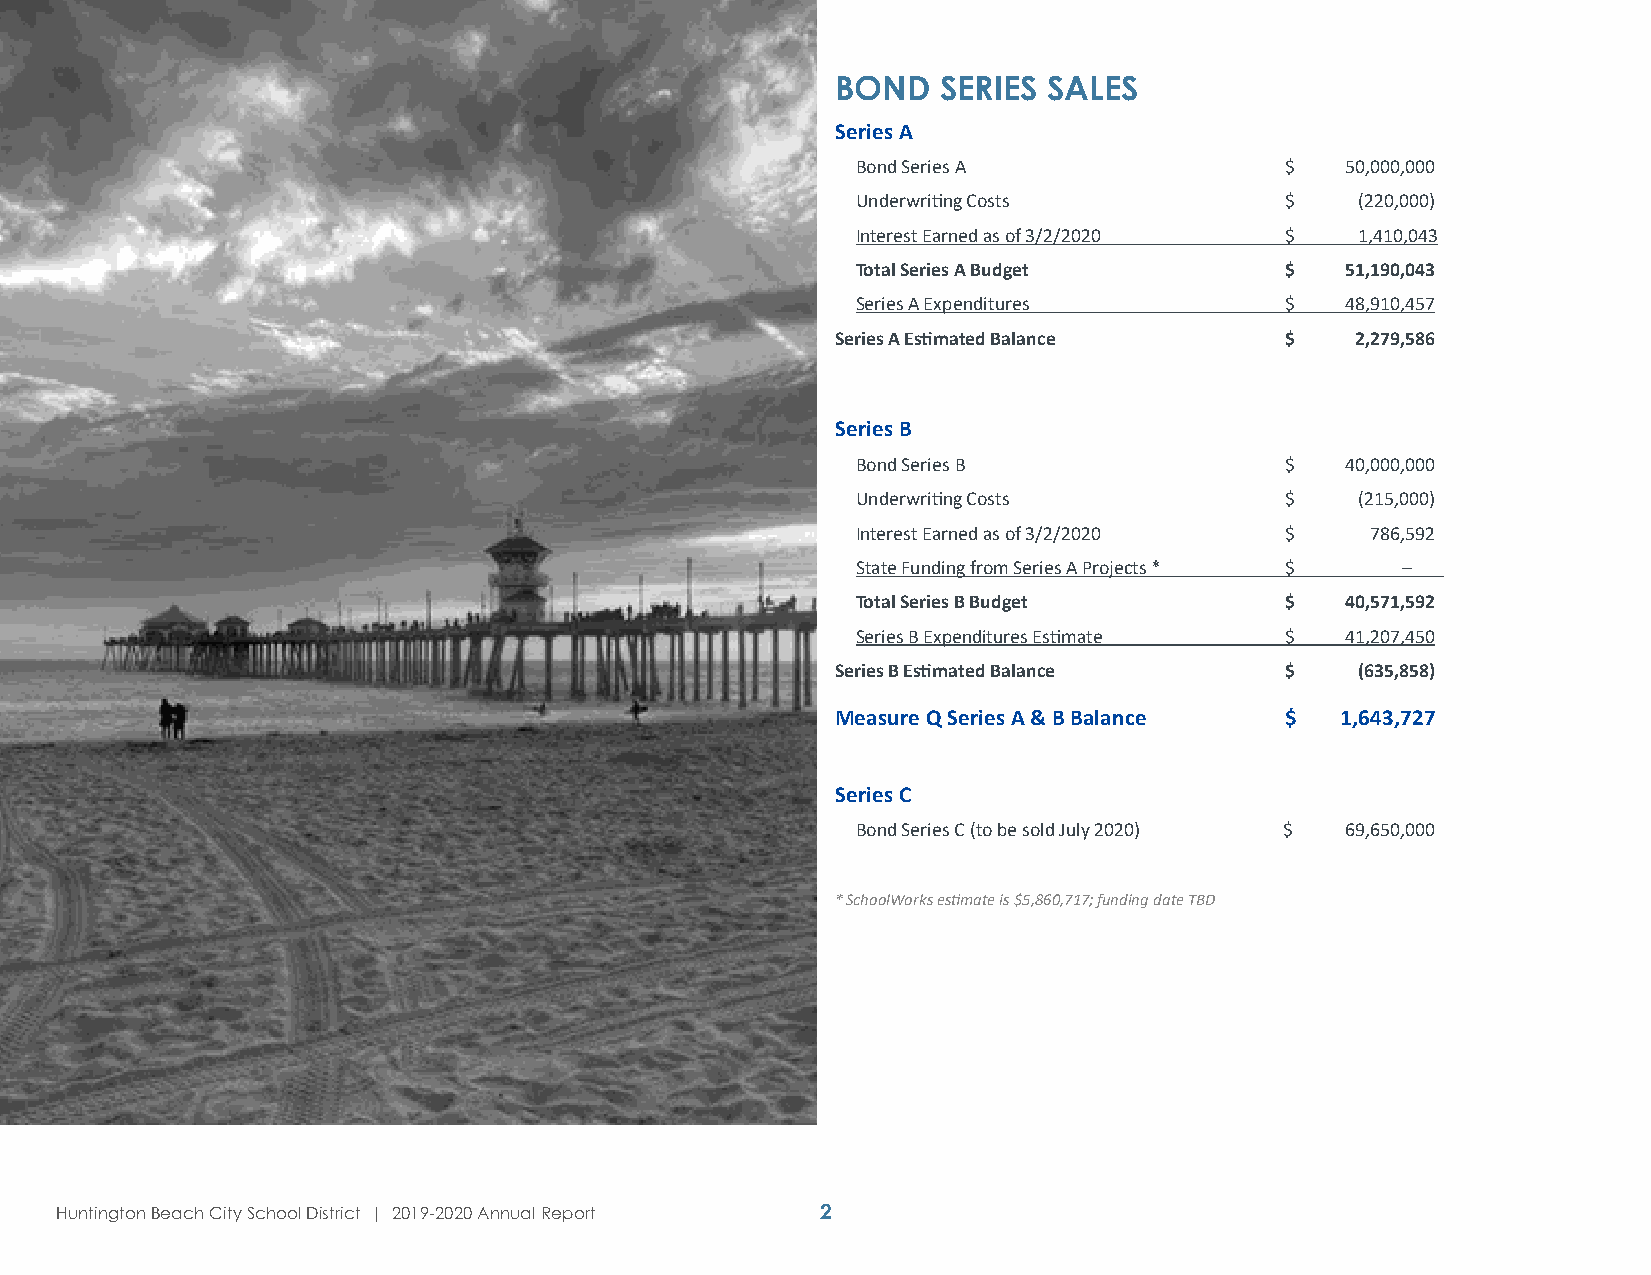
BOND   SERIES SALES
 Series A
 Bond Series A               $   50,000,000
 Underwriting Costs          $    (220,000)
 Interest Earned as of 3/2/2020 $ 1,410,043
 Total Series A Budget       $   51,190,043
 Series A Expenditures       $   48,910,457
 Series A Estimated Balance    $    2,279,586
 Series B
 Bond Series B               $   40,000,000
 Underwriting Costs          $    (215,000)
 Interest Earned as of 3/2/2020 $  786,592
 State Funding from Series A Projects * $ –
 Total Series B Budget       $   40,571,592
 Series B Expenditures Estimate $ 41,207,450
 Series B Estimated Balance    $    (635,858)
 Measure Q Series A & B Balance $  1,643,727
 Series C
 Bond Series C (to be sold July 2020) $ 69,650,000
 * SchoolWorks estimate is $5,860,717; funding date TBD
 Huntington Beach City School District | 2019-2020 Annual Report 2